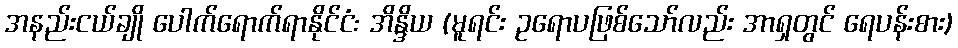
အနည်းငယ်ချို ပေါက်ရောက်ရာနိုင်ငံ: အိန္ဒိယ (မူရင်း ဥရောပဖြစ်သော်လည်း အာရှတွင် ရေပန်းစား)